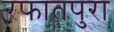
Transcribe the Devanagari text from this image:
रफातपुरा